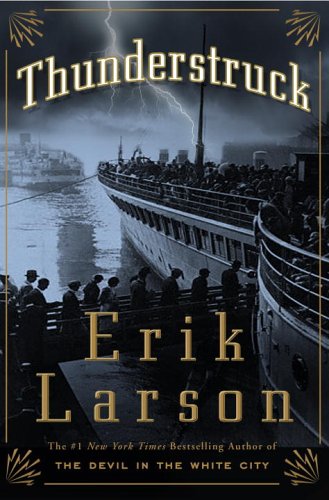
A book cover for Thunderstruck; Erik Larson; Engineering & Transportation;